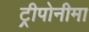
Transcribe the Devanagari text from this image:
ट्रीपोनीमा